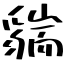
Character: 貒